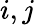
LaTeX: i,j